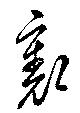
裏